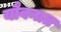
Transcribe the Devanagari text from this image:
यौवनात